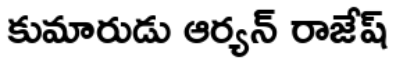
కుమారుడు ఆర్యన్ రాజేష్